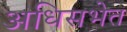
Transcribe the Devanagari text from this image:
अधिसभेत